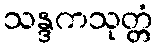
သန္ဒကသုတ္တံ